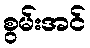
စွမ်းအင်